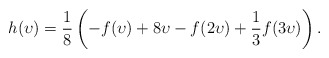
\begin{align*}h(\upsilon) = \frac 18 \left(-f(\upsilon) + 8\upsilon - f(2\upsilon) + \frac 13 f(3\upsilon)\right).\end{align*}